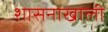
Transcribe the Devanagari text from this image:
शासनाखाली